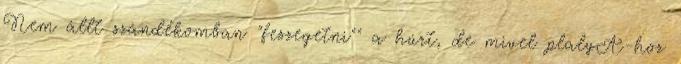
Nem állt szándékomban "feszegetni"" a húrt, de mivel plalyA-hoz